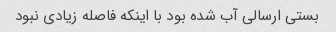
بستی ارسالی آب شده بود با اینکه فاصله زیادی نبود